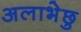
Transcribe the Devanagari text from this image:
अलाभेछु